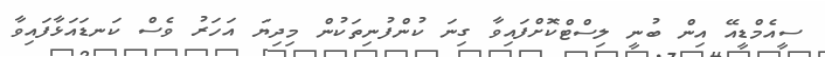
ސީއެމްޑީއޭ އިން ބުނީ ލިސްޓްކޮށްފައިވާ ގިނަ ކުންފުނިތަކުން މިދިޔަ އަހަރު ވެސް ކަނޑައަޅާފައިވާ